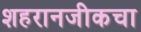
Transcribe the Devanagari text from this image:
शहरानजीकचा